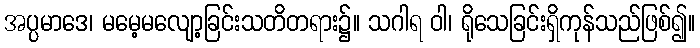
အပ္ပမာဒေ၊ မမေ့မလျော့ခြင်းသတိတရား၌။ သဂါရ ဝါ၊ ရိုသေခြင်းရှိကုန်သည်ဖြစ်၍။